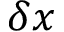
\delta x